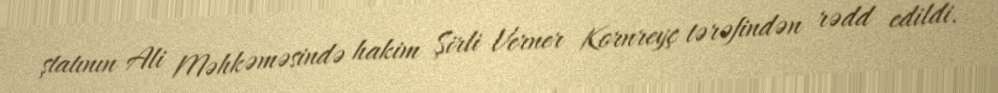
ştatının Ali Məhkəməsində hakim Şirli Verner Kornreyç tərəfindən rədd edildi.